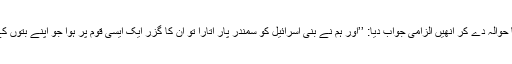
حضرت علی رضی اللہ تعالیٰ عنہ نے قرآنِ کریم کی ایک آیت کا حوالہ دے کر انھیں الزامی جواب دیا: ’’اور ہم نے بنی اسرائیل کو سمندر پار اتارا تو اُن کا گزر ایک ایسی قوم پر ہوا جو اپنے بتوں کے سامنے آسن جمائے بیٹھے تھے، تو انہوں نے کہا: اے موسیٰ!